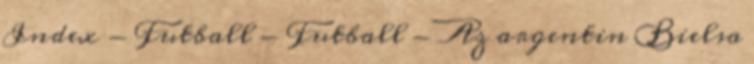
Index - Futball - Futball - Az argentin Bielsa